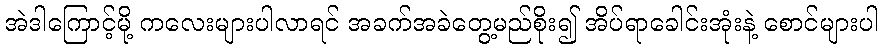
အဲဒါကြောင့်မို့ ကလေးများပါလာရင် အခက်အခဲတွေ့မည်စိုး၍ အိပ်ရာခေါင်းအုံးနဲ့ စောင်များပါ